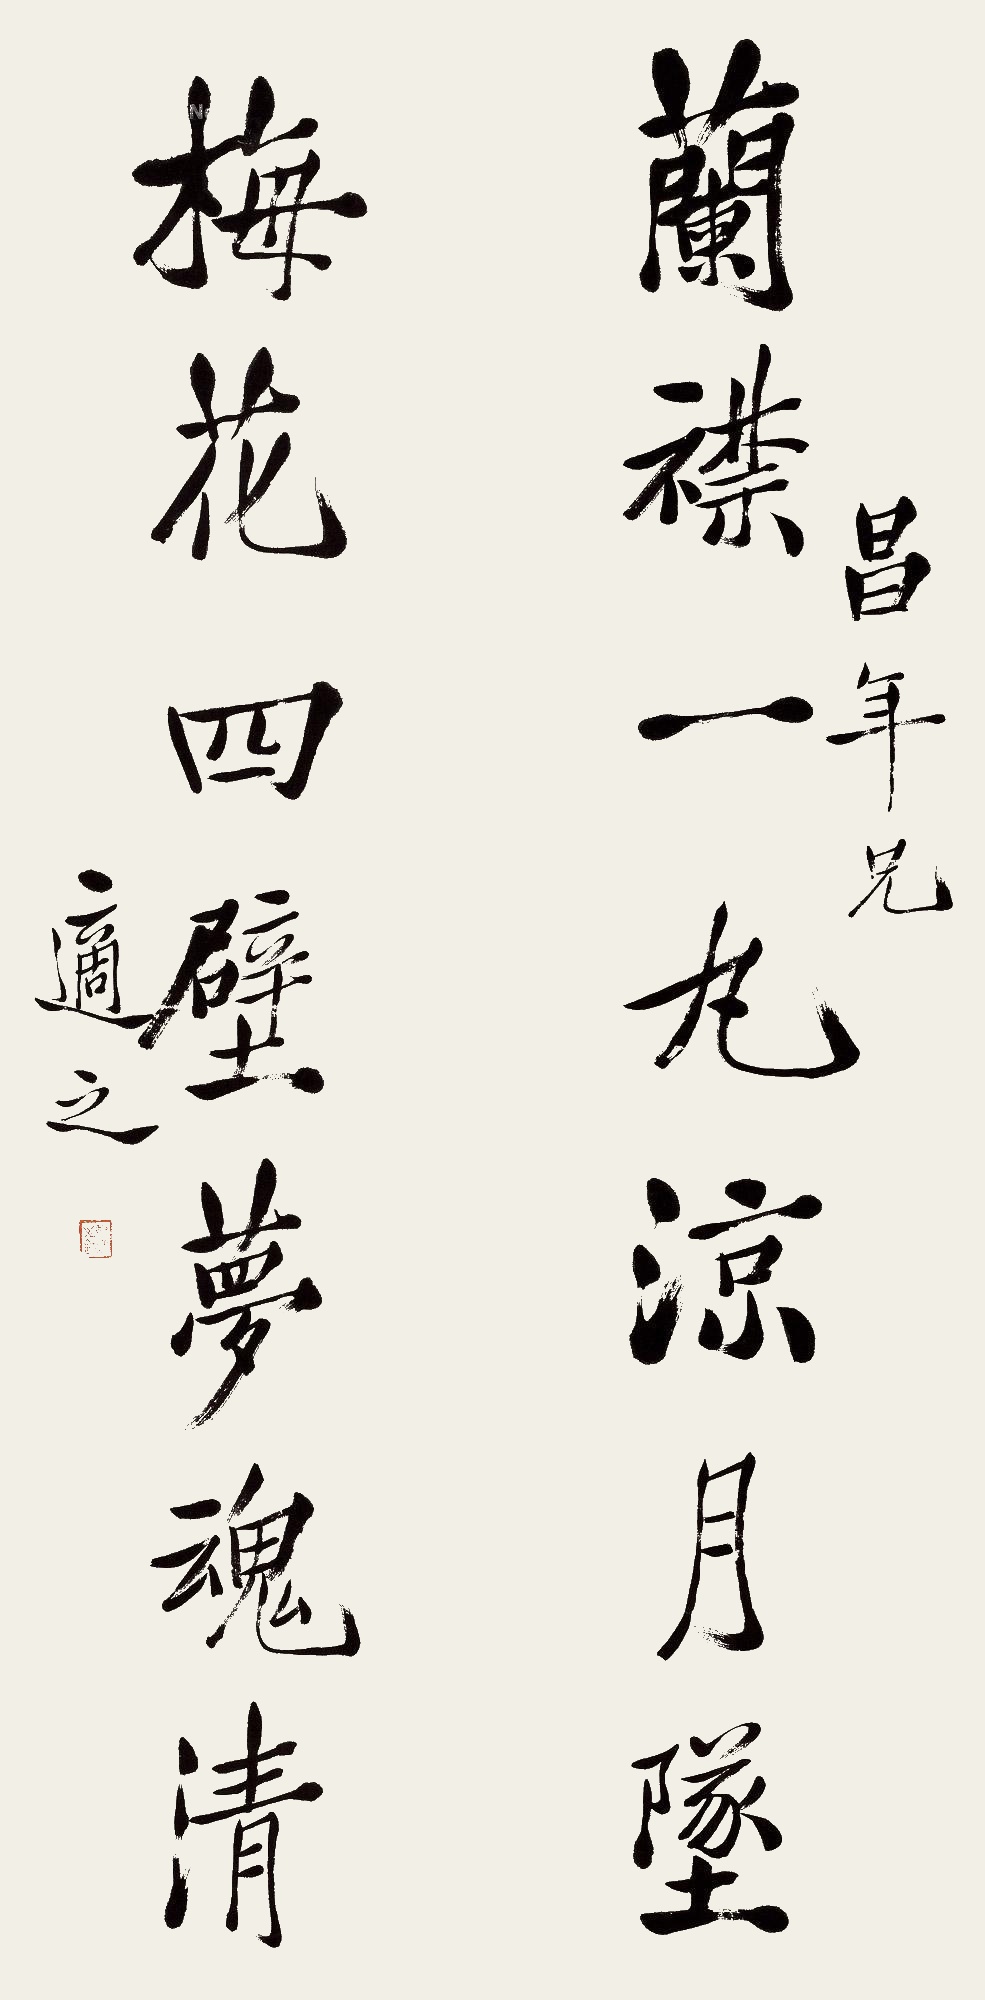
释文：兰襟一丸凉月坠，梅花四壁梦魂清。昌年兄，适之。